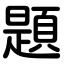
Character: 題